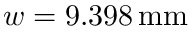
w = 9 . 3 9 8 \, \mathrm { m m }